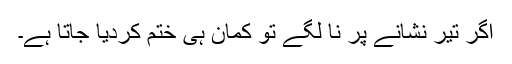
اگر تیر نشانے پر نا لگے تو کمان ہی ختم کردیا جاتا ہے۔